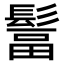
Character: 𩭺